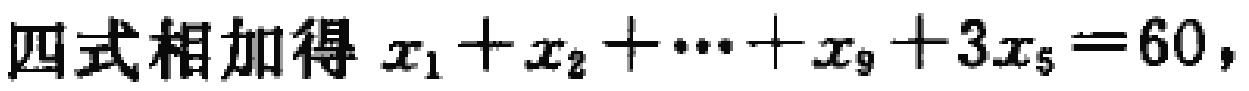
四式相加得 \(x_{1}+x_{2}+\cdots +x_{9}+3x_{5}=60\)，